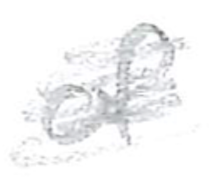
Text: of
Cross-out: scratch
Writing tool: pencil